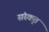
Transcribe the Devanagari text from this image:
संस्‍कृत